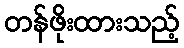
တန်ဖိုးထားသည့်